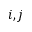
i , j